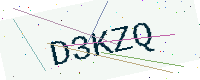
Text: D3KZQ